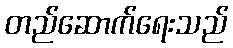
တည်ဆောက်ရေးသည်